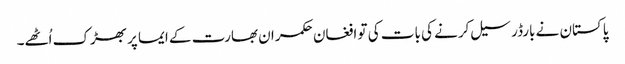
پاکستان نے بارڈر سیل کرنے کی بات کی تو افغان حکمران بھارت کے ایما پر بھڑک اُٹھے۔